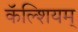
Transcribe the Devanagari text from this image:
कॅल्शियम्